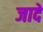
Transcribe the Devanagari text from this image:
जादे